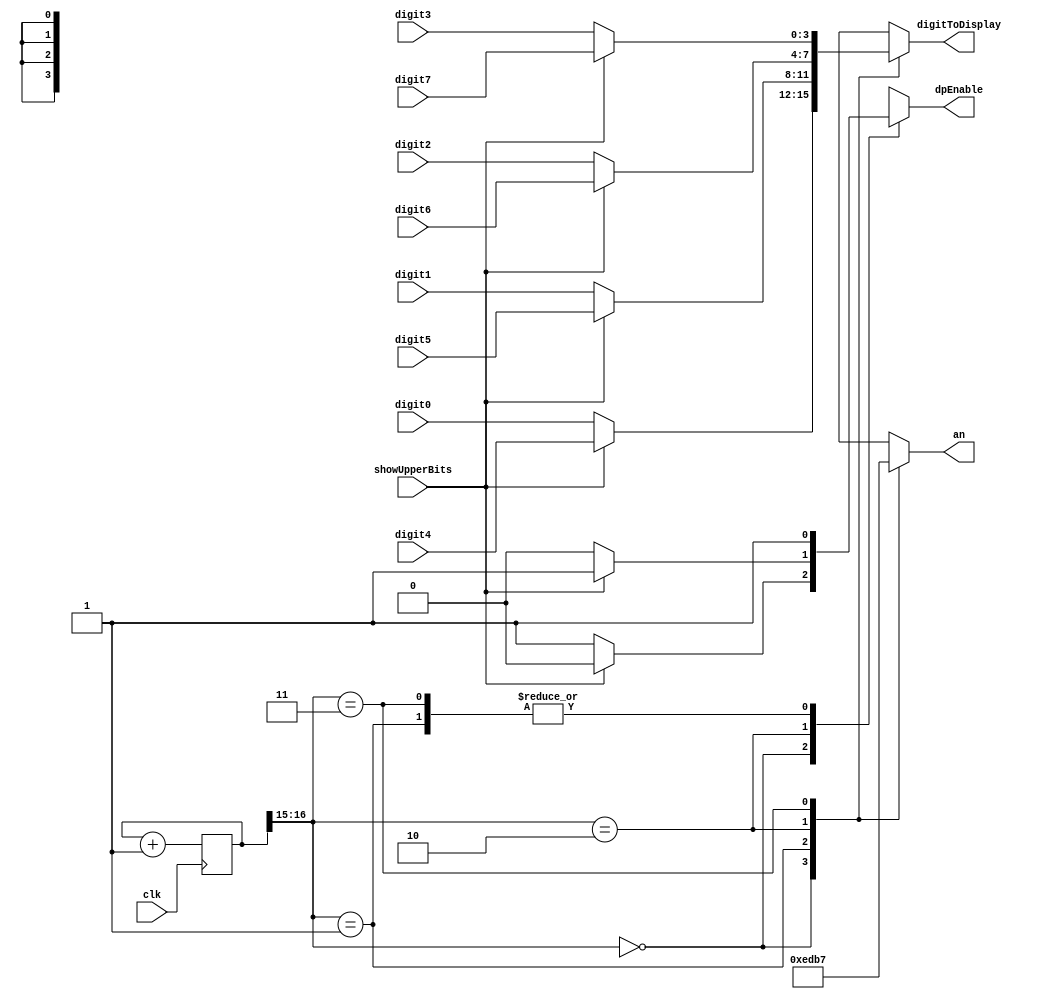
module DisplayRotator(
    input            clk,
    input            showUpperBits, // toggles whether to show MM:SS or SS:ss
    input      [3:0] digit0,
    input      [3:0] digit1,
    input      [3:0] digit2,
    input      [3:0] digit3,
    input      [3:0] digit4,
    input      [3:0] digit5,
    input      [3:0] digit6,
    input      [3:0] digit7,
    output reg [3:0] an,
    output reg       dpEnable,
    output reg [3:0] digitToDisplay
);

reg [16:0] counter = 17'b0;


// YOU SHOULD NOT NEED TO EDIT THIS ALWAYS BLOCK

always @(posedge clk) begin
  counter <= counter + 1;
end


// YOU SHOULD EDIT ONLY THE digitToDisplay LINES BELOW

always @(*) begin
  case(counter[16:15])
    2'b00: begin
      an <= 4'b1110;
      digitToDisplay <= (showUpperBits ? digit4 : digit0);
      dpEnable <= (showUpperBits ? 1'b0 : 1'b1);
    end
    2'b01: begin
      an <= 4'b1101;
      digitToDisplay <= (showUpperBits ? digit5 : digit1);
      dpEnable <= 1'b1;
    end
    2'b10: begin
      an <= 4'b1011;
      digitToDisplay <= (showUpperBits ? digit6 : digit2);
      dpEnable <= (showUpperBits ? 1'b1 : 1'b0);
    end
    2'b11: begin
      an <= 4'b0111;
      digitToDisplay <= (showUpperBits ? digit7 : digit3);
      dpEnable <= 1'b1;
    end
  endcase
end

endmodule